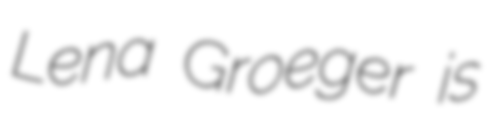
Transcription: Lena Groeger is